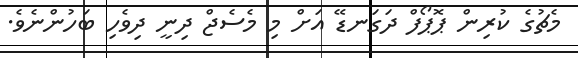
މެޗުގެ ކުރިން ޕޮޕޯފް ދަގަނޑޭ އަށް މި މެސެޖް ދިނީ ދިވެހި ބަހުންނެވެ.